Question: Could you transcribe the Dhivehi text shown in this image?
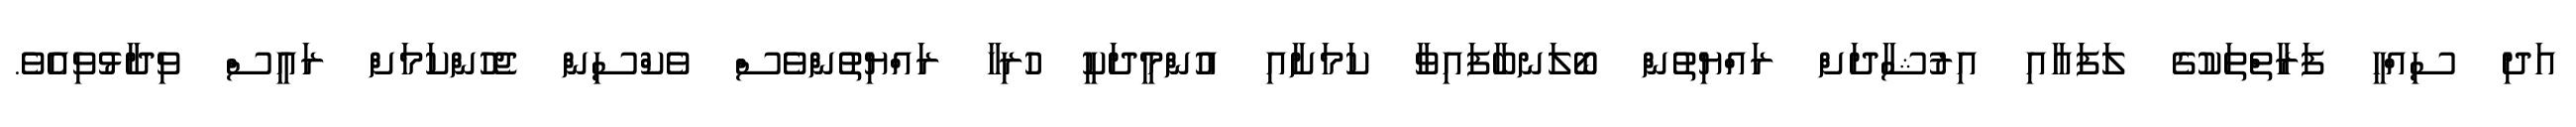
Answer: އަދި ސިއްހީ ފަރާތްތަކުގެ ލަފައާއި އިރުޝާދަށް ރައްޔިތުން ބޯލަނބާފައިވާ ކަމަށާއި އުންމީދަކީ ހުރިހާ ރައްޔިތުންވެސް ވެކްސިން ޖެހުންކަމަށް ރައީސް ވިދާޅުވިއެވެ.